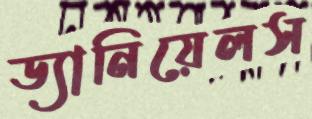
ড্যানিয়েলস